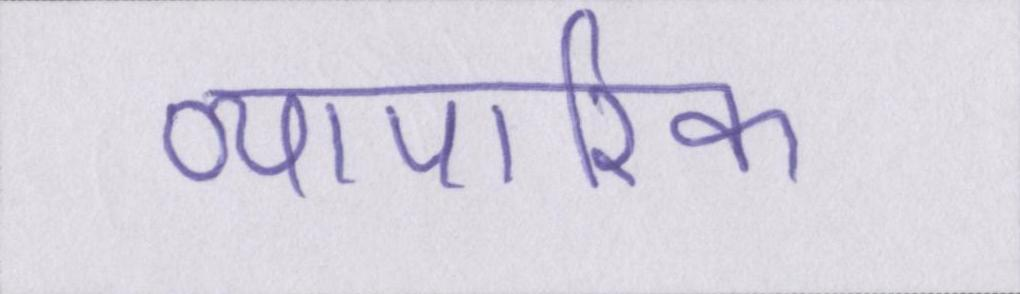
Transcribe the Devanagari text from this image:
व्यापारिक